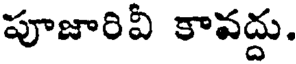
పూజారివీ కావద్దు.